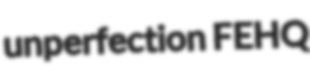
unperfection FEHQ